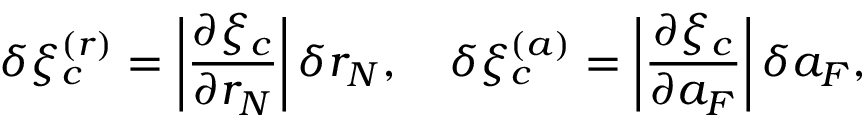
\delta \xi _ { c } ^ { ( r ) } = \bigg | \frac { \partial \xi _ { c } } { \partial r _ { N } } \bigg | \, \delta r _ { N } , \quad \delta \xi _ { c } ^ { ( a ) } = \bigg | \frac { \partial \xi _ { c } } { \partial a _ { F } } \bigg | \, \delta a _ { F } ,